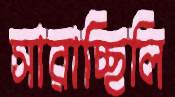
সারাচ্ছিলি